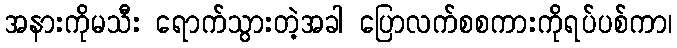
အနားကိုမသီး ရောက်သွားတဲ့အခါ ပြောလက်စစကားကိုရပ်ပစ်ကာ၊